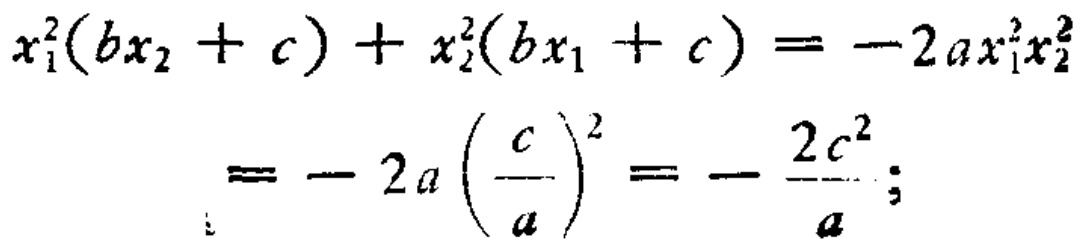
\[
\begin{align*}
x_{1}^{2}(bx_{2}+c)+x_{2}^{2}(bx_{1}+c)&=-2ax_{1}^{2}x_{2}^{2}\\
&=-2a\left(\frac{c}{a}\right)^{2}=-\frac{2c^{2}}{a};
\end{align*}
\]